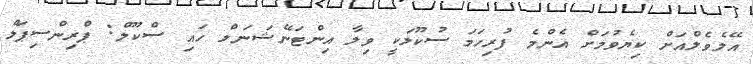
އޭލެވެލްއަށް ކިޔެވުމަށް އެންމެ ފުރިހަމަ ސުކޫލަކީ ވިލާ އިންޓަނޭޝަނަލް ހައި ސްކޫލް: ޕްރިންސިޕަލް